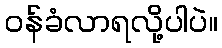
၀န်ခံလာရလို့ပါပဲ။